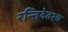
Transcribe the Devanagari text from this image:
रन्तिदेवश्च